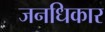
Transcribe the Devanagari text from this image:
जनधिकार